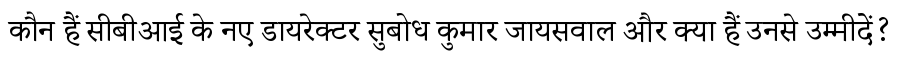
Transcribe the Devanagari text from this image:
कौन हैं सीबीआई के नए डायरेक्टर सुबोध कुमार जायसवाल और क्या हैं उनसे उम्मीदें?